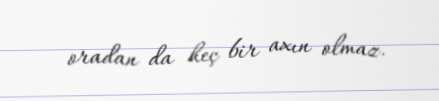
oradan da heç bir axın olmaz.